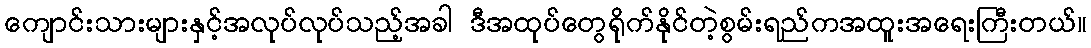
ကျောင်းသားများနှင့်အလုပ်လုပ်သည့်အခါ ဒီအထုပ်တွေရိုက်နိုင်တဲ့စွမ်းရည်ကအထူးအရေးကြီးတယ်။